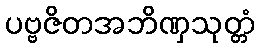
ပဗ္ဗဇိတအဘိဏှသုတ္တံ